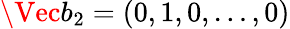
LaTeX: \Vec{b}_{2}=(0,1,0,\ldots,0)